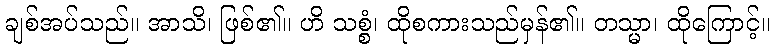
ချစ်အပ်သည်။ အာသိ၊ ဖြစ်၏။ ဟိ သစ္စံ၊ ထိုစကားသည်မှန်၏။ တသ္မာ၊ ထိုကြောင့်။